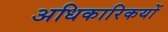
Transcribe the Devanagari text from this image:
अधिकारिकयों